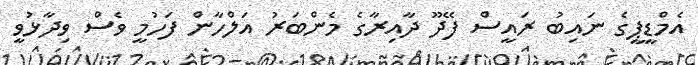
އެމްޑީޕީގެ ނައިބު ރައީސް ފޭދޫ ދާއިރާގެ މެންބަރު އަލްހާން ފަހުމީ ވެސް ވިދާޅުވީ